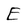
Character: E